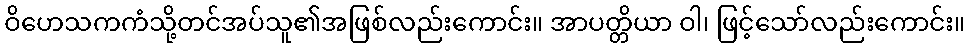
ဝိဟေသကကံသို့တင်အပ်သူ၏အဖြစ်လည်းကောင်း။ အာပတ္တိယာ ဝါ၊ ဖြင့်သော်လည်းကောင်း။